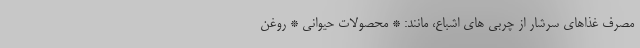
مصرف غذاهای سرشار از چربی های اشباع، مانند: * محصولات حیوانی * روغن